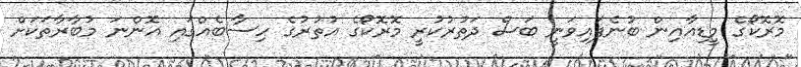
މޮރޮކޯގެ މީޑިއާއިން ބުނެފައިވަނީ ބަސް ދަތުރުކުރީ މޮރޮކޯގެ އުތުރުގެ ހިސާބެއްގައި އޮންނަ މުބާރާތަކަށް